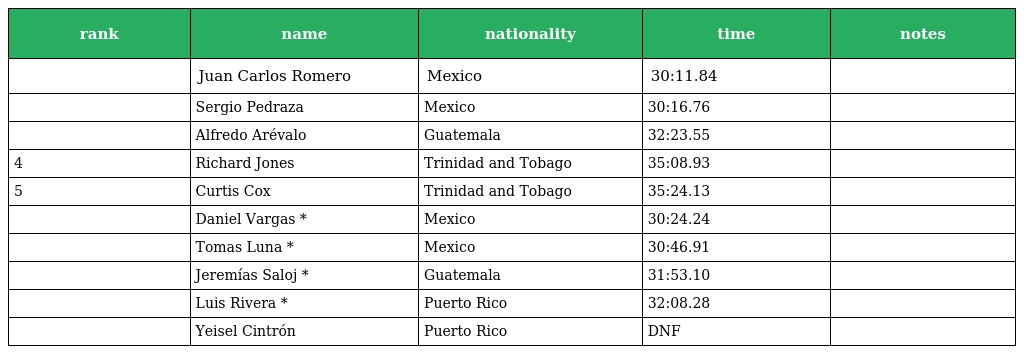
| rank | name | nationality | time | notes |
 | --- | --- | --- | --- | --- |
 |  | Juan Carlos Romero | Mexico | 30:11.84 |  |
 |  | Sergio Pedraza | Mexico | 30:16.76 |  |
 |  | Alfredo Arévalo | Guatemala | 32:23.55 |  |
 | 4 | Richard Jones | Trinidad and Tobago | 35:08.93 |  |
 | 5 | Curtis Cox | Trinidad and Tobago | 35:24.13 |  |
 |  | Daniel Vargas * | Mexico | 30:24.24 |  |
 |  | Tomas Luna * | Mexico | 30:46.91 |  |
 |  | Jeremías Saloj * | Guatemala | 31:53.10 |  |
 |  | Luis Rivera * | Puerto Rico | 32:08.28 |  |
 |  | Yeisel Cintrón | Puerto Rico | DNF |  |